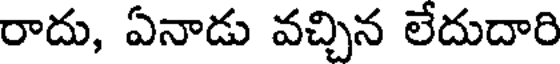
రాదు, ఏనాడు వచ్చిన లేదుదారి